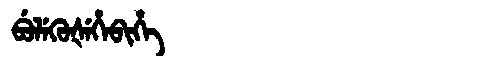
Manchu: ᠪᡠᠯᡝᡴᡠᡧᡝᡥᡝᠪᡳᡥᡝ
Romanization: BULEKUŠEHEBIHE